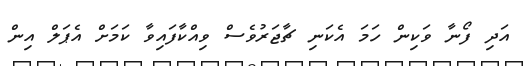
އަދި ފޯނާ ވަކިން ހަމަ އެކަނި ޗާޖަރުވެސް ވިއްކާފައިވާ ކަމަށް އެޕަލް އިން